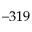
- 3 1 9